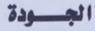
الجودة